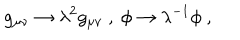
LaTeX: g _ { \mu \nu } \rightarrow \lambda ^ { 2 } g _ { \mu \nu } ~ , ~ \phi \rightarrow \lambda ^ { - 1 } \phi ~ , ~ \,